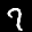
Label: 7